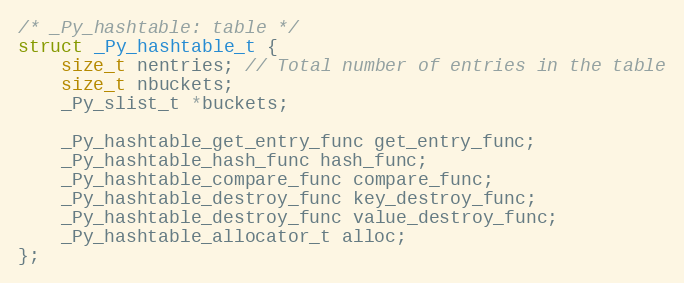
Language: C
/* _Py_hashtable: table */
struct _Py_hashtable_t {
    size_t nentries; // Total number of entries in the table
    size_t nbuckets;
    _Py_slist_t *buckets;

    _Py_hashtable_get_entry_func get_entry_func;
    _Py_hashtable_hash_func hash_func;
    _Py_hashtable_compare_func compare_func;
    _Py_hashtable_destroy_func key_destroy_func;
    _Py_hashtable_destroy_func value_destroy_func;
    _Py_hashtable_allocator_t alloc;
};